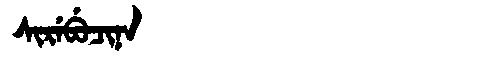
Manchu: ᠰᡳᡵᡝᠪᡠᠴᡳᠨᠠ
Romanization: SIREBUCINA